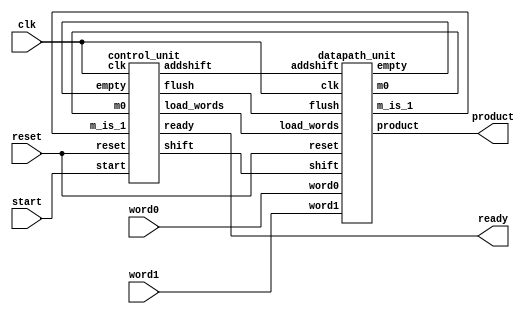
module asmd_multiplier #(parameter word_length = 4)(
    output  [2*word_length-1:0] product,
    output                      ready,
    input   [word_length-1:0]   word0, word1,
    input                       start, clk, reset
);

wire            flush, shift, add_shift, load_words, empty, m_is_1, m0;
control_unit    control_module0  (.flush(flush), .shift(shift), .addshift(add_shift), .load_words(load_words),
                    .ready(ready), .start(start),
                    .empty(empty), .m_is_1(m_is_1), .m0(m0),
                    .clk(clk), .reset(reset));
datapath_unit   datapath_module0  (.product(product), .empty(empty), .m_is_1(m_is_1),
                     .m0(m0), .word0(word0), .word1(word1),
                     .flush(flush), .shift(shift), .addshift(add_shift), .load_words(load_words),
                     .clk(clk), .reset(reset));
endmodule

module control_unit(output reg flush, shift, addshift, load_words, ready,
                    input empty, m_is_1, m0, start,
                    input clk, reset);
       reg state, next_state;
       parameter s_idle = 0, s_running = 1;

       always@(posedge clk, posedge reset)
        if(reset == 1'b1)
            state <= s_idle;
        else
            state <= next_state;

       always @(state, start, empty, m_is_1, m0) begin
       //default condition
        next_state = s_idle;
        flush = 0;
        shift = 0;
        addshift = 0;
        load_words = 0;
        ready = 0;
        case(state)
        
            s_running: begin
                if (m_is_1 == 1'b1) begin
                    addshift = 1;
                    next_state = s_running;
                end
                else begin
                    if (m0 == 1'b1) begin
                        addshift = 1;
                        next_state = s_running;
                    end
                    else begin
                        shift = 1;
                        next_state = s_running;
                    end
                end
            end
            s_idle: begin
                if (reset == 1'b1) next_state = s_idle;
                else begin
                    ready = 1;
                    if (start == 1'b1) begin
                        if (empty == 1'b1) begin
                            flush = 1;
                            next_state = s_idle;
                            end
                        else begin
                            load_words = 1;
                            next_state = s_running;
                        end
                    end
                    else next_state = s_idle;
                end
            end
            
           default: next_state = s_running;
        endcase
       end
endmodule

module datapath_unit    #(parameter word_length=4)(
                        output reg [2*word_length-1:0]  product,
                        output empty, m_is_1, m0,
                        input flush, shift, addshift, load_words,
                        input [word_length-1:0] word0, word1,
                        input clk, reset
);

    reg [2*word_length-1:0] multiplicand;
    reg [word_length-1:0]   multiplier;

    assign m0 =  multiplier[0];
    assign m_is_1 = (multiplier == 1);
    assign empty = ((word0 == 0) || (word1 == 0));

    always@(posedge clk, posedge reset)
        if (reset == 1'b1) begin
            product <= 0;
            multiplier <= 0;
            multiplicand <= 0;
        end
        else begin
            if (flush == 1) product <= 0;
            else if(load_words == 1) begin
                multiplicand <= word0;
                multiplier <= word1;
            end
            else if (addshift) begin
                product <= product+multiplicand;
                multiplicand <= multiplicand << 1;
                multiplier <= multiplier >> 1;
            end
            else if (shift) begin
                multiplicand <= multiplicand << 1;
                multiplier <= multiplier >> 1;
            end
        end
endmodule